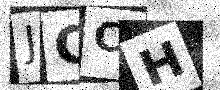
Text: JCCH